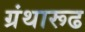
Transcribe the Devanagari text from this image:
ग्रंथारूढ